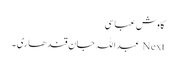
کاوش عباسی
Next عبداللہ جان قندھاری ۔